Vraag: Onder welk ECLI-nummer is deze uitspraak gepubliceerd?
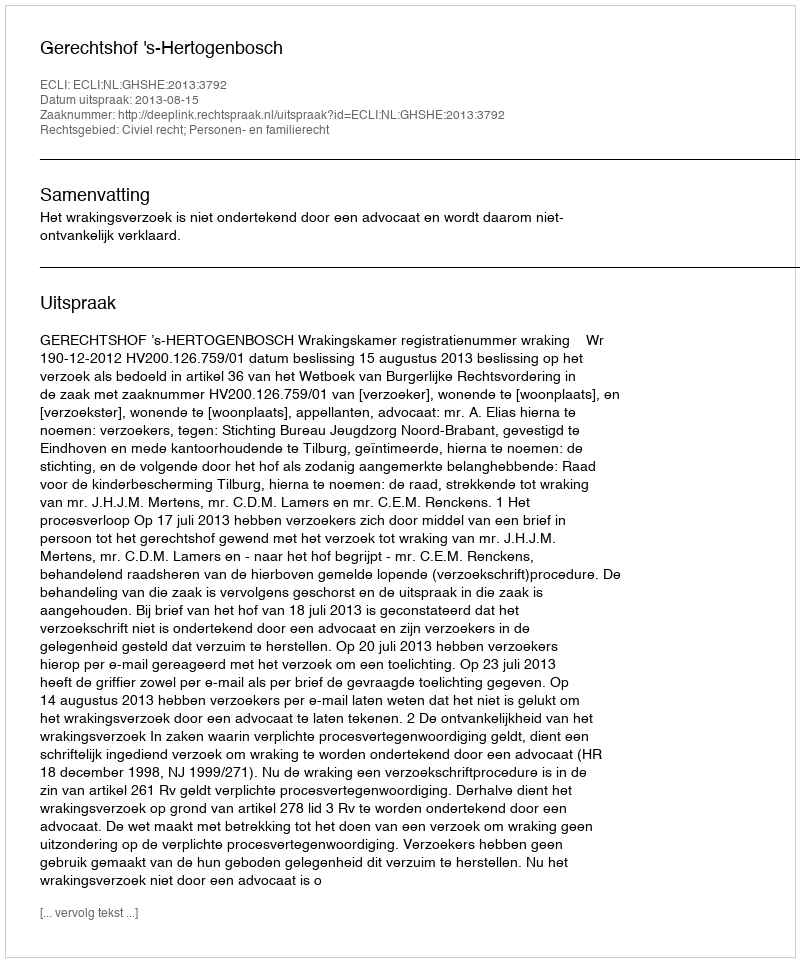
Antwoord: ECLI:NL:GHSHE:2013:3792